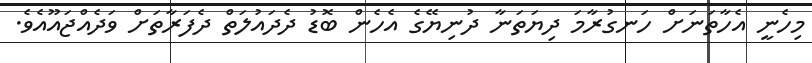
މިހެނީ އެހާތަނަށް ހަނގުރާމަ ދިޔަތަނާ ދުނިޔޭގެ އެހެން ބޮޑު ދެދައުލަތް ދެފަރާތަށް ވަދެއްޖައޫއެވެ.